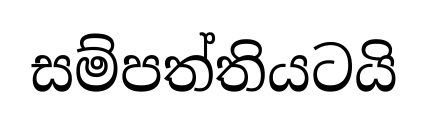
සම්පත්තියටයි